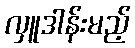
လှူဒါန်းမည့်